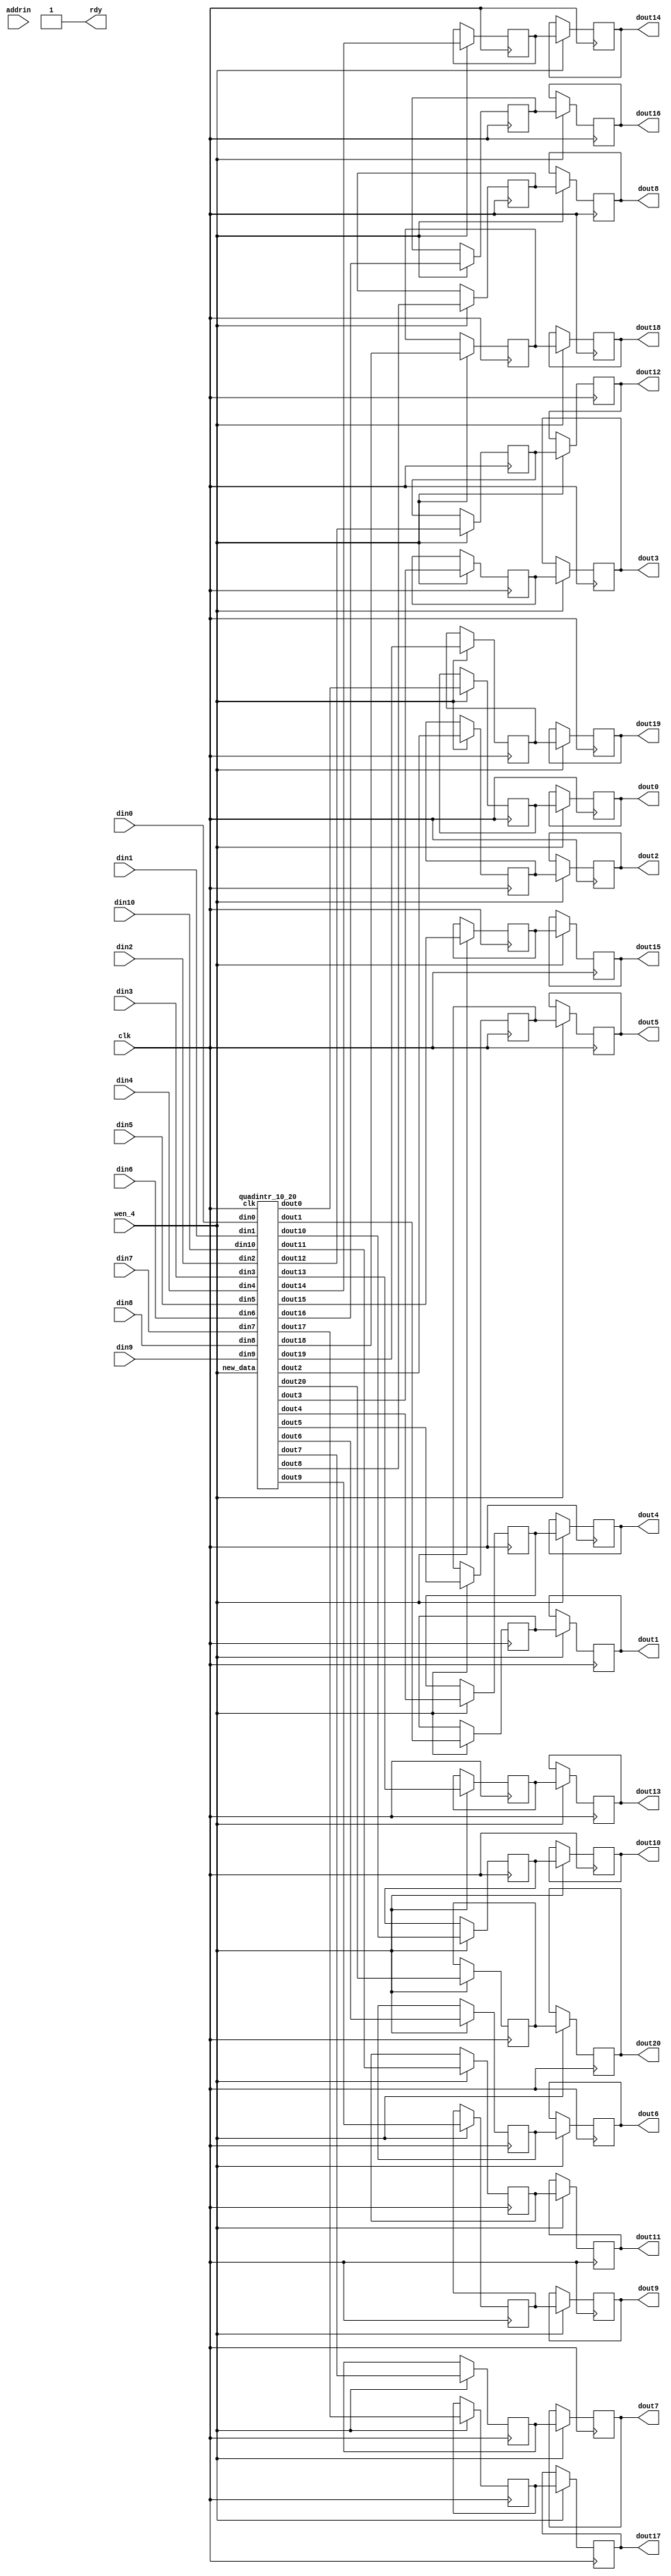

module wrapper_qs_intr_10_20 (clk, 
   din0, 
   din1, 
   din2, 
   din3, 
   din4, 
   din5, 
   din6, 
   din7, 
   din8, 
   din9, 
   din10, 
wen_4, addrin, 
   dout0, 
   dout1, 
   dout2, 
   dout3, 
   dout4, 
   dout5, 
   dout6, 
   dout7, 
   dout8, 
   dout9, 
   dout10, 
   dout11, 
   dout12, 
   dout13, 
   dout14, 
   dout15, 
   dout16, 
   dout17, 
   dout18, 
   dout19, 
   dout20, 
rdy);

   input clk; 
   input[7:0] din0; 
   input[7:0] din1; 
   input[7:0] din2; 
   input[7:0] din3; 
   input[7:0] din4; 
   input[7:0] din5; 
   input[7:0] din6; 
   input[7:0] din7; 
   input[7:0] din8; 
   input[7:0] din9; 
   input[7:0] din10; 
   input wen_4; 
   input[18:0] addrin; 
   output[15:0] dout0; 
   output[15:0] dout1; 
   output[15:0] dout2; 
   output[15:0] dout3; 
   output[15:0] dout4; 
   output[15:0] dout5; 
   output[15:0] dout6; 
   output[15:0] dout7; 
   output[15:0] dout8; 
   output[15:0] dout9; 
   output[15:0] dout10; 
   output[15:0] dout11; 
   output[15:0] dout12; 
   output[15:0] dout13; 
   output[15:0] dout14; 
   output[15:0] dout15; 
   output[15:0] dout16; 
   output[15:0] dout17; 
   output[15:0] dout18; 
   output[15:0] dout19; 
   output[15:0] dout20; 
   wire[15:0] dout0; 
   wire[15:0] dout1; 
   wire[15:0] dout2; 
   wire[15:0] dout3; 
   wire[15:0] dout4; 
   wire[15:0] dout5; 
   wire[15:0] dout6; 
   wire[15:0] dout7; 
   wire[15:0] dout8; 
   wire[15:0] dout9; 
   wire[15:0] dout10; 
   wire[15:0] dout11; 
   wire[15:0] dout12; 
   wire[15:0] dout13; 
   wire[15:0] dout14; 
   wire[15:0] dout15; 
   wire[15:0] dout16; 
   wire[15:0] dout17; 
   wire[15:0] dout18; 
   wire[15:0] dout19; 
   wire[15:0] dout20; 
   output rdy; 
   wire rdy;
   wire[15:0] dout_tmp0; 
   wire[15:0] dout_tmp1; 
   wire[15:0] dout_tmp2; 
   wire[15:0] dout_tmp3; 
   wire[15:0] dout_tmp4; 
   wire[15:0] dout_tmp5; 
   wire[15:0] dout_tmp6; 
   wire[15:0] dout_tmp7; 
   wire[15:0] dout_tmp8; 
   wire[15:0] dout_tmp9; 
   wire[15:0] dout_tmp10; 
   wire[15:0] dout_tmp11; 
   wire[15:0] dout_tmp12; 
   wire[15:0] dout_tmp13; 
   wire[15:0] dout_tmp14; 
   wire[15:0] dout_tmp15; 
   wire[15:0] dout_tmp16; 
   wire[15:0] dout_tmp17; 
   wire[15:0] dout_tmp18; 
   wire[15:0] dout_tmp19; 
   wire[15:0] dout_tmp20; 
   wire[7:0] addr_tmp; 
   wire[15:0] dout_tt; 

	reg [15:0]tmy_ram0;
	reg [15:0]tmy_ram1;
	reg [15:0]tmy_ram2;
	reg [15:0]tmy_ram3;
	reg [15:0]tmy_ram4;
	reg [15:0]tmy_ram5;
	reg [15:0]tmy_ram6;
	reg [15:0]tmy_ram7;
	reg [15:0]tmy_ram8;
	reg [15:0]tmy_ram9;
	reg [15:0]tmy_ram10;
	reg [15:0]tmy_ram11;
	reg [15:0]tmy_ram12;
	reg [15:0]tmy_ram13;
	reg [15:0]tmy_ram14;
	reg [15:0]tmy_ram15;
	reg [15:0]tmy_ram16;
	reg [15:0]tmy_ram17;
	reg [15:0]tmy_ram18;
	reg [15:0]tmy_ram19;
	reg [15:0]tmy_ram20;
	reg [15:0]my_ram0;
	reg [15:0]my_ram1;
	reg [15:0]my_ram2;
	reg [15:0]my_ram3;
	reg [15:0]my_ram4;
	reg [15:0]my_ram5;
	reg [15:0]my_ram6;
	reg [15:0]my_ram7;
	reg [15:0]my_ram8;
	reg [15:0]my_ram9;
	reg [15:0]my_ram10;
	reg [15:0]my_ram11;
	reg [15:0]my_ram12;
	reg [15:0]my_ram13;
	reg [15:0]my_ram14;
	reg [15:0]my_ram15;
	reg [15:0]my_ram16;
	reg [15:0]my_ram17;
	reg [15:0]my_ram18;
	reg [15:0]my_ram19;
	reg [15:0]my_ram20;

	assign rdy = 1'b1;
	assign dout0 = my_ram0;
	assign dout1 = my_ram1;
	assign dout2 = my_ram2;
	assign dout3 = my_ram3;
	assign dout4 = my_ram4;
	assign dout5 = my_ram5;
	assign dout6 = my_ram6;
	assign dout7 = my_ram7;
	assign dout8 = my_ram8;
	assign dout9 = my_ram9;
	assign dout10 = my_ram10;
	assign dout11 = my_ram11;
	assign dout12 = my_ram12;
	assign dout13 = my_ram13;
	assign dout14 = my_ram14;
	assign dout15 = my_ram15;
	assign dout16 = my_ram16;
	assign dout17 = my_ram17;
	assign dout18 = my_ram18;
	assign dout19 = my_ram19;
	assign dout20 = my_ram20;
	always @(posedge clk)
	begin
		if (wen_4 == 1'b1)	
		begin
			tmy_ram0 <= dout_tmp0;
			tmy_ram1 <= dout_tmp1;
			tmy_ram2 <= dout_tmp2;
			tmy_ram3 <= dout_tmp3;
			tmy_ram4 <= dout_tmp4;
			tmy_ram5 <= dout_tmp5;
			tmy_ram6 <= dout_tmp6;
			tmy_ram7 <= dout_tmp7;
			tmy_ram8 <= dout_tmp8;
			tmy_ram9 <= dout_tmp9;
			tmy_ram10 <= dout_tmp10;
			tmy_ram11 <= dout_tmp11;
			tmy_ram12 <= dout_tmp12;
			tmy_ram13 <= dout_tmp13;
			tmy_ram14 <= dout_tmp14;
			tmy_ram15 <= dout_tmp15;
			tmy_ram16 <= dout_tmp16;
			tmy_ram17 <= dout_tmp17;
			tmy_ram18 <= dout_tmp18;
			tmy_ram19 <= dout_tmp19;
			tmy_ram20 <= dout_tmp20;
			my_ram0 <= tmy_ram0;
			my_ram1 <= tmy_ram1;
			my_ram2 <= tmy_ram2;
			my_ram3 <= tmy_ram3;
			my_ram4 <= tmy_ram4;
			my_ram5 <= tmy_ram5;
			my_ram6 <= tmy_ram6;
			my_ram7 <= tmy_ram7;
			my_ram8 <= tmy_ram8;
			my_ram9 <= tmy_ram9;
			my_ram10 <= tmy_ram10;
			my_ram11 <= tmy_ram11;
			my_ram12 <= tmy_ram12;
			my_ram13 <= tmy_ram13;
			my_ram14 <= tmy_ram14;
			my_ram15 <= tmy_ram15;
			my_ram16 <= tmy_ram16;
			my_ram17 <= tmy_ram17;
			my_ram18 <= tmy_ram18;
			my_ram19 <= tmy_ram19;
			my_ram20 <= tmy_ram20;
		end
	end

   assign addr_tmp = addrin;

   quadintr_10_20  my_inst_quadintr(clk, wen_4,
   din0, 
   din1, 
   din2, 
   din3, 
   din4, 
   din5, 
   din6, 
   din7, 
   din8, 
   din9, 
   din10, 
   dout_tmp0, 
   dout_tmp1, 
   dout_tmp2, 
   dout_tmp3, 
   dout_tmp4, 
   dout_tmp5, 
   dout_tmp6, 
   dout_tmp7, 
   dout_tmp8, 
   dout_tmp9, 
   dout_tmp10, 
   dout_tmp11, 
   dout_tmp12, 
   dout_tmp13, 
   dout_tmp14, 
   dout_tmp15, 
   dout_tmp16, 
   dout_tmp17, 
   dout_tmp18, 
   dout_tmp19, 
   dout_tmp20);

endmodule
module quadintr_10_20 (clk, new_data,
   din0, 
   din1, 
   din2, 
   din3, 
   din4, 
   din5, 
   din6, 
   din7, 
   din8, 
   din9, 
   din10, 
   dout0, 
   dout1, 
   dout2, 
   dout3, 
   dout4, 
   dout5, 
   dout6, 
   dout7, 
   dout8, 
   dout9, 
   dout10, 
   dout11, 
   dout12, 
   dout13, 
   dout14, 
   dout15, 
   dout16, 
   dout17, 
   dout18, 
   dout19, 
   dout20); 


   input clk; 
   input new_data; 
   input[7:0] din0; 
   input[7:0] din1; 
   input[7:0] din2; 
   input[7:0] din3; 
   input[7:0] din4; 
   input[7:0] din5; 
   input[7:0] din6; 
   input[7:0] din7; 
   input[7:0] din8; 
   input[7:0] din9; 
   input[7:0] din10; 
   reg[7:0] dinr0; 
   reg[7:0] dinr1; 
   reg[7:0] dinr2; 
   reg[7:0] dinr3; 
   reg[7:0] dinr4; 
   reg[7:0] dinr5; 
   reg[7:0] dinr6; 
   reg[7:0] dinr7; 
   reg[7:0] dinr8; 
   reg[7:0] dinr9; 
   reg[7:0] dinr10; 

   output[15:0] dout0; 
   output[15:0] dout1; 
   output[15:0] dout2; 
   output[15:0] dout3; 
   output[15:0] dout4; 
   output[15:0] dout5; 
   output[15:0] dout6; 
   output[15:0] dout7; 
   output[15:0] dout8; 
   output[15:0] dout9; 
   output[15:0] dout10; 
   output[15:0] dout11; 
   output[15:0] dout12; 
   output[15:0] dout13; 
   output[15:0] dout14; 
   output[15:0] dout15; 
   output[15:0] dout16; 
   output[15:0] dout17; 
   output[15:0] dout18; 
   output[15:0] dout19; 
   output[15:0] dout20; 
   reg[15:0] dout0; 
   reg[15:0] dout1; 
   reg[15:0] dout2; 
   reg[15:0] dout3; 
   reg[15:0] dout4; 
   reg[15:0] dout5; 
   reg[15:0] dout6; 
   reg[15:0] dout7; 
   reg[15:0] dout8; 
   reg[15:0] dout9; 
   reg[15:0] dout10; 
   reg[15:0] dout11; 
   reg[15:0] dout12; 
   reg[15:0] dout13; 
   reg[15:0] dout14; 
   reg[15:0] dout15; 
   reg[15:0] dout16; 
   reg[15:0] dout17; 
   reg[15:0] dout18; 
   reg[15:0] dout19; 
   reg[15:0] dout20; 

   reg[7:0] tmp_10; 
   reg[7:0] tmp_11; 
   reg[7:0] tmp_12; 
   reg[7:0] tmp_13; 
   reg[7:0] tmp_14; 
   reg[7:0] tmp_15; 
   reg[7:0] tmp_16; 
   reg[7:0] tmp_17; 
   reg[7:0] tmp_18; 
   reg[7:0] tmp_19; 
   reg[7:0] tmp_110; 
   reg[7:0] tmp_111; 
   reg[7:0] tmp_112; 
   reg[7:0] tmp_113; 
   reg[7:0] tmp_114; 
   reg[7:0] tmp_115; 
   reg[7:0] tmp_116; 
   reg[7:0] tmp_117; 
   reg[7:0] tmp_118; 
   reg[7:0] tmp_119; 
   reg[7:0] tmp_120; 
   reg[7:0] tmp_20; 
   reg[7:0] tmp_21; 
   reg[7:0] tmp_22; 
   reg[7:0] tmp_23; 
   reg[7:0] tmp_24; 
   reg[7:0] tmp_25; 
   reg[7:0] tmp_26; 
   reg[7:0] tmp_27; 
   reg[7:0] tmp_28; 
   reg[7:0] tmp_29; 
   reg[7:0] tmp_210; 
   reg[7:0] tmp_211; 
   reg[7:0] tmp_212; 
   reg[7:0] tmp_213; 
   reg[7:0] tmp_214; 
   reg[7:0] tmp_215; 
   reg[7:0] tmp_216; 
   reg[7:0] tmp_217; 
   reg[7:0] tmp_218; 
   reg[7:0] tmp_219; 
   reg[7:0] tmp_220; 
   reg[7:0] tmp_30; 
   reg[7:0] tmp_31; 
   reg[7:0] tmp_32; 
   reg[7:0] tmp_33; 
   reg[7:0] tmp_34; 
   reg[7:0] tmp_35; 
   reg[7:0] tmp_36; 
   reg[7:0] tmp_37; 
   reg[7:0] tmp_38; 
   reg[7:0] tmp_39; 
   reg[7:0] tmp_310; 
   reg[7:0] tmp_311; 
   reg[7:0] tmp_312; 
   reg[7:0] tmp_313; 
   reg[7:0] tmp_314; 
   reg[7:0] tmp_315; 
   reg[7:0] tmp_316; 
   reg[7:0] tmp_317; 
   reg[7:0] tmp_318; 
   reg[7:0] tmp_319; 
   reg[7:0] tmp_320; 
   reg[8:0] add_tmp0; 
   reg[8:0] add_tmp1; 
   reg[8:0] add_tmp2; 
   reg[8:0] add_tmp3; 
   reg[8:0] add_tmp4; 
   reg[8:0] add_tmp5; 
   reg[8:0] add_tmp6; 
   reg[8:0] add_tmp7; 
   reg[8:0] add_tmp8; 
   reg[8:0] add_tmp9; 
   reg[8:0] add_tmp10; 
   reg[8:0] add_tmp11; 
   reg[8:0] add_tmp12; 
   reg[8:0] add_tmp13; 
   reg[8:0] add_tmp14; 
   reg[8:0] add_tmp15; 
   reg[8:0] add_tmp16; 
   reg[8:0] add_tmp17; 
   reg[8:0] add_tmp18; 
   reg[8:0] add_tmp19; 
   reg[8:0] add_tmp20; 
   reg[8:0] doutr0; 
   reg[8:0] doutr1; 
   reg[8:0] doutr2; 
   reg[8:0] doutr3; 
   reg[8:0] doutr4; 
   reg[8:0] doutr5; 
   reg[8:0] doutr6; 
   reg[8:0] doutr7; 
   reg[8:0] doutr8; 
   reg[8:0] doutr9; 
   reg[8:0] doutr10; 
   reg[8:0] doutr11; 
   reg[8:0] doutr12; 
   reg[8:0] doutr13; 
   reg[8:0] doutr14; 
   reg[8:0] doutr15; 
   reg[8:0] doutr16; 
   reg[8:0] doutr17; 
   reg[8:0] doutr18; 
   reg[8:0] doutr19; 
   reg[8:0] doutr20; 

   always @(posedge clk)
   begin
         if (new_data == 1'b1)
         begin
			dinr0 <= din0;
			dinr1 <= din1;
			dinr2 <= din2;
			dinr3 <= din3;
			dinr4 <= din4;
			dinr5 <= din5;
			dinr6 <= din6;
			dinr7 <= din7;
			dinr8 <= din8;
			dinr9 <= din9;
			dinr10 <= din10;

			dout0[15:9] <= {doutr0[8],doutr0[8],doutr0[8],doutr0[8],doutr0[8],doutr0[8],doutr0[8]};
			dout1[15:9] <= {doutr1[8],doutr1[8],doutr1[8],doutr1[8],doutr1[8],doutr1[8],doutr1[8]};
			dout2[15:9] <= {doutr2[8],doutr2[8],doutr2[8],doutr2[8],doutr2[8],doutr2[8],doutr2[8]};
			dout3[15:9] <= {doutr3[8],doutr3[8],doutr3[8],doutr3[8],doutr3[8],doutr3[8],doutr3[8]};
			dout4[15:9] <= {doutr4[8],doutr4[8],doutr4[8],doutr4[8],doutr4[8],doutr4[8],doutr4[8]};
			dout5[15:9] <= {doutr5[8],doutr5[8],doutr5[8],doutr5[8],doutr5[8],doutr5[8],doutr5[8]};
			dout6[15:9] <= {doutr6[8],doutr6[8],doutr6[8],doutr6[8],doutr6[8],doutr6[8],doutr6[8]};
			dout7[15:9] <= {doutr7[8],doutr7[8],doutr7[8],doutr7[8],doutr7[8],doutr7[8],doutr7[8]};
			dout8[15:9] <= {doutr8[8],doutr8[8],doutr8[8],doutr8[8],doutr8[8],doutr8[8],doutr8[8]};
			dout9[15:9] <= {doutr9[8],doutr9[8],doutr9[8],doutr9[8],doutr9[8],doutr9[8],doutr9[8]};
			dout10[15:9] <= {doutr10[8],doutr10[8],doutr10[8],doutr10[8],doutr10[8],doutr10[8],doutr10[8]};
			dout11[15:9] <= {doutr11[8],doutr11[8],doutr11[8],doutr11[8],doutr11[8],doutr11[8],doutr11[8]};
			dout12[15:9] <= {doutr12[8],doutr12[8],doutr12[8],doutr12[8],doutr12[8],doutr12[8],doutr12[8]};
			dout13[15:9] <= {doutr13[8],doutr13[8],doutr13[8],doutr13[8],doutr13[8],doutr13[8],doutr13[8]};
			dout14[15:9] <= {doutr14[8],doutr14[8],doutr14[8],doutr14[8],doutr14[8],doutr14[8],doutr14[8]};
			dout15[15:9] <= {doutr15[8],doutr15[8],doutr15[8],doutr15[8],doutr15[8],doutr15[8],doutr15[8]};
			dout16[15:9] <= {doutr16[8],doutr16[8],doutr16[8],doutr16[8],doutr16[8],doutr16[8],doutr16[8]};
			dout17[15:9] <= {doutr17[8],doutr17[8],doutr17[8],doutr17[8],doutr17[8],doutr17[8],doutr17[8]};
			dout18[15:9] <= {doutr18[8],doutr18[8],doutr18[8],doutr18[8],doutr18[8],doutr18[8],doutr18[8]};
			dout19[15:9] <= {doutr19[8],doutr19[8],doutr19[8],doutr19[8],doutr19[8],doutr19[8],doutr19[8]};
			dout20[15:9] <= {doutr20[8],doutr20[8],doutr20[8],doutr20[8],doutr20[8],doutr20[8],doutr20[8]};
			dout0[8:0] <= doutr0;
			dout1[8:0] <= doutr1;
			dout2[8:0] <= doutr2;
			dout3[8:0] <= doutr3;
			dout4[8:0] <= doutr4;
			dout5[8:0] <= doutr5;
			dout6[8:0] <= doutr6;
			dout7[8:0] <= doutr7;
			dout8[8:0] <= doutr8;
			dout9[8:0] <= doutr9;
			dout10[8:0] <= doutr10;
			dout11[8:0] <= doutr11;
			dout12[8:0] <= doutr12;
			dout13[8:0] <= doutr13;
			dout14[8:0] <= doutr14;
			dout15[8:0] <= doutr15;
			dout16[8:0] <= doutr16;
			dout17[8:0] <= doutr17;
			dout18[8:0] <= doutr18;
			dout19[8:0] <= doutr19;
			dout20[8:0] <= doutr20;
         end 
				doutr0 <= {dinr0[8-1], dinr0};
				doutr2 <= {dinr1[8-1], dinr1};
				doutr4 <= {dinr2[8-1], dinr2};
				doutr6 <= {dinr3[8-1], dinr3};
				doutr8 <= {dinr4[8-1], dinr4};
				doutr10 <= {dinr5[8-1], dinr5};
				doutr12 <= {dinr6[8-1], dinr6};
				doutr14 <= {dinr7[8-1], dinr7};
				doutr16 <= {dinr8[8-1], dinr8};

				tmp_11 <= {dinr0[8-1], dinr0[8-1], dinr0[8-1:2]} + {dinr0[8-1], dinr0[8-1], dinr0[8-1], dinr0[8-1:3]};
				tmp_13 <= {dinr1[8-1], dinr1[8-1], dinr1[8-1:2]} + {dinr1[8-1], dinr1[8-1], dinr1[8-1], dinr1[8-1:3]};
				tmp_15 <= {dinr2[8-1], dinr2[8-1], dinr2[8-1:2]} + {dinr2[8-1], dinr2[8-1], dinr2[8-1], dinr2[8-1:3]};
				tmp_17 <= {dinr3[8-1], dinr3[8-1], dinr3[8-1:2]} + {dinr3[8-1], dinr3[8-1], dinr3[8-1], dinr3[8-1:3]};
				tmp_19 <= {dinr4[8-1], dinr4[8-1], dinr4[8-1:2]} + {dinr4[8-1], dinr4[8-1], dinr4[8-1], dinr4[8-1:3]};
				tmp_111 <= {dinr5[8-1], dinr5[8-1], dinr5[8-1:2]} + {dinr5[8-1], dinr5[8-1], dinr5[8-1], dinr5[8-1:3]};
				tmp_113 <= {dinr6[8-1], dinr6[8-1], dinr6[8-1:2]} + {dinr6[8-1], dinr6[8-1], dinr6[8-1], dinr6[8-1:3]};
				tmp_115 <= {dinr7[8-1], dinr7[8-1], dinr7[8-1:2]} + {dinr7[8-1], dinr7[8-1], dinr7[8-1], dinr7[8-1:3]};
				tmp_117 <= {dinr8[8-1], dinr8[8-1], dinr8[8-1:2]} + {dinr8[8-1], dinr8[8-1], dinr8[8-1], dinr8[8-1:3]};
				
				tmp_21 <= {dinr1[8-1], dinr1[8-1:1]} + {dinr1[8-1], dinr1[8-1], dinr1[8-1:2]};
				tmp_23 <= {dinr2[8-1], dinr2[8-1:1]} + {dinr2[8-1], dinr2[8-1], dinr2[8-1:2]};
				tmp_25 <= {dinr3[8-1], dinr3[8-1:1]} + {dinr3[8-1], dinr3[8-1], dinr3[8-1:2]};
				tmp_27 <= {dinr4[8-1], dinr4[8-1:1]} + {dinr4[8-1], dinr4[8-1], dinr4[8-1:2]};
				tmp_29 <= {dinr5[8-1], dinr5[8-1:1]} + {dinr5[8-1], dinr5[8-1], dinr5[8-1:2]};
				tmp_211 <= {dinr6[8-1], dinr6[8-1:1]} + {dinr6[8-1], dinr6[8-1], dinr6[8-1:2]};
				tmp_213 <= {dinr7[8-1], dinr7[8-1:1]} + {dinr7[8-1], dinr7[8-1], dinr7[8-1:2]};
				tmp_215 <= {dinr8[8-1], dinr8[8-1:1]} + {dinr8[8-1], dinr8[8-1], dinr8[8-1:2]};
				tmp_217 <= {dinr9[8-1], dinr9[8-1:1]} + {dinr9[8-1], dinr9[8-1], dinr9[8-1:2]};
				
				tmp_31 <= {dinr2[8-1], dinr2[8-1], dinr2[8-1], dinr2[8-1:3]};
				tmp_33 <= {dinr3[8-1], dinr3[8-1], dinr3[8-1], dinr3[8-1:3]};
				tmp_35 <= {dinr4[8-1], dinr4[8-1], dinr4[8-1], dinr4[8-1:3]};
				tmp_37 <= {dinr5[8-1], dinr5[8-1], dinr5[8-1], dinr5[8-1:3]};
				tmp_39 <= {dinr6[8-1], dinr6[8-1], dinr6[8-1], dinr6[8-1:3]};
				tmp_311 <= {dinr7[8-1], dinr7[8-1], dinr7[8-1], dinr7[8-1:3]};
				tmp_313 <= {dinr8[8-1], dinr8[8-1], dinr8[8-1], dinr8[8-1:3]};
				tmp_315 <= {dinr9[8-1], dinr9[8-1], dinr9[8-1], dinr9[8-1:3]};
				tmp_317 <= {dinr10[8-1], dinr10[8-1], dinr10[8-1], dinr10[8-1:3]};

				add_tmp1 <= {tmp_11[8-1], tmp_11} + {tmp_21[8-1], tmp_21};
				add_tmp3 <= {tmp_13[8-1], tmp_13} + {tmp_23[8-1], tmp_23};
				add_tmp5 <= {tmp_15[8-1], tmp_15} + {tmp_25[8-1], tmp_25};
				add_tmp7 <= {tmp_17[8-1], tmp_17} + {tmp_27[8-1], tmp_27};
				add_tmp9 <= {tmp_19[8-1], tmp_19} + {tmp_29[8-1], tmp_29};
				add_tmp11 <= {tmp_111[8-1], tmp_111} + {tmp_211[8-1], tmp_211};
				add_tmp13 <= {tmp_113[8-1], tmp_113} + {tmp_213[8-1], tmp_213};
				add_tmp15 <= {tmp_115[8-1], tmp_115} + {tmp_215[8-1], tmp_215};
				add_tmp17 <= {tmp_117[8-1], tmp_117} + {tmp_217[8-1], tmp_217};

				doutr1 <= add_tmp1 - {tmp_31[8-1], tmp_31};
				doutr3 <= add_tmp3 - {tmp_33[8-1], tmp_33};
				doutr5 <= add_tmp5 - {tmp_35[8-1], tmp_35};
				doutr7 <= add_tmp7 - {tmp_37[8-1], tmp_37};
				doutr9 <= add_tmp9 - {tmp_39[8-1], tmp_39};
				doutr11 <= add_tmp11 - {tmp_311[8-1], tmp_311};
				doutr13 <= add_tmp13 - {tmp_313[8-1], tmp_313};
				doutr15 <= add_tmp15 - {tmp_315[8-1], tmp_315};
				doutr17 <= add_tmp17 - {tmp_317[8-1], tmp_317};

		doutr18 <= {dinr9[8-1] , dinr9};

		tmp_119 <= {dinr8[8-1], dinr8[8-1] , dinr8[8-1] , dinr8[8-1 : 3]};

		tmp_219 <= {dinr9[8-1], dinr9[8-1 : 1]} + {dinr9[8-1], dinr9[8-1] , dinr9[8-1 : 2]};
				
		tmp_319 <= {dinr10[8-1] , dinr10[8-1] , dinr10[8-1 : 2]} + {dinr10[8-1] , dinr10[8-1] , dinr10[8-1] , dinr10[8-1 : 3]};

		add_tmp19 <= {tmp_219[8-1] , tmp_219} + {tmp_319[8-1] , tmp_319};

		doutr19 <= add_tmp19 - {tmp_119[8-1] , tmp_119};

		doutr20 <= {dinr10[8-1] , dinr10};
   end 
endmodule